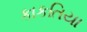
કાકતિયા